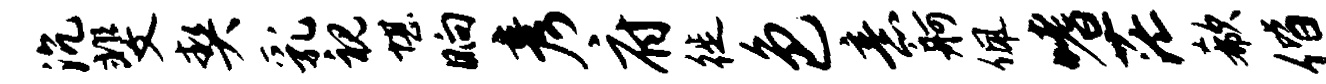
沉斐契乳视堪晌彦府徙色意舸佩嗜茫欷偕